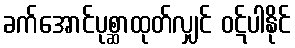
ခက်အောင်ပုစ္ဆာထုတ်လျှင် ဝဋ်ပါနိုင်